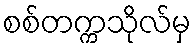
စစ်တက္ကသိုလ်မှ